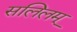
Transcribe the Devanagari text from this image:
सलिलम्